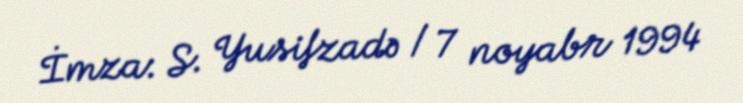
İmza: S. Yusifzadə / 7 noyabr 1994